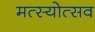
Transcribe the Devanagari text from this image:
मत्स्योत्सव